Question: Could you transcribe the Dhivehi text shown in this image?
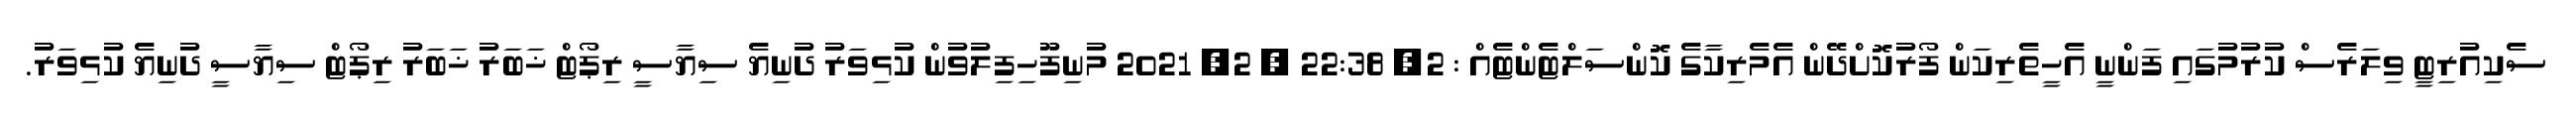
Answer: ސެކިއުރިޓީ ވިލަރެސް ކުރުމުގައި ފަންނީ އެހީތެރިކަން ފޯރުކޮށްދޭން އެމެރިކާގެ ކޮންސަލްޓެންޓެއް : 2, 22:38 , 2, 2021 މުނިފޫހިފިލުވުން ކުޅިވަރު ދުނިޔެ ސިޔާސީ ރިޕޯޓް ޚަބަރު ޚަބަރު ރިޕޯޓް ސިޔާސީ ދުނިޔެ ކުޅިވަރު.